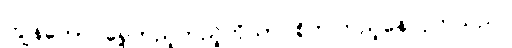
ကျွန်တော် ရှေ့တည့်တည့်ကိုသာ စိုက်ကြည့်နေလိုက်သည်။